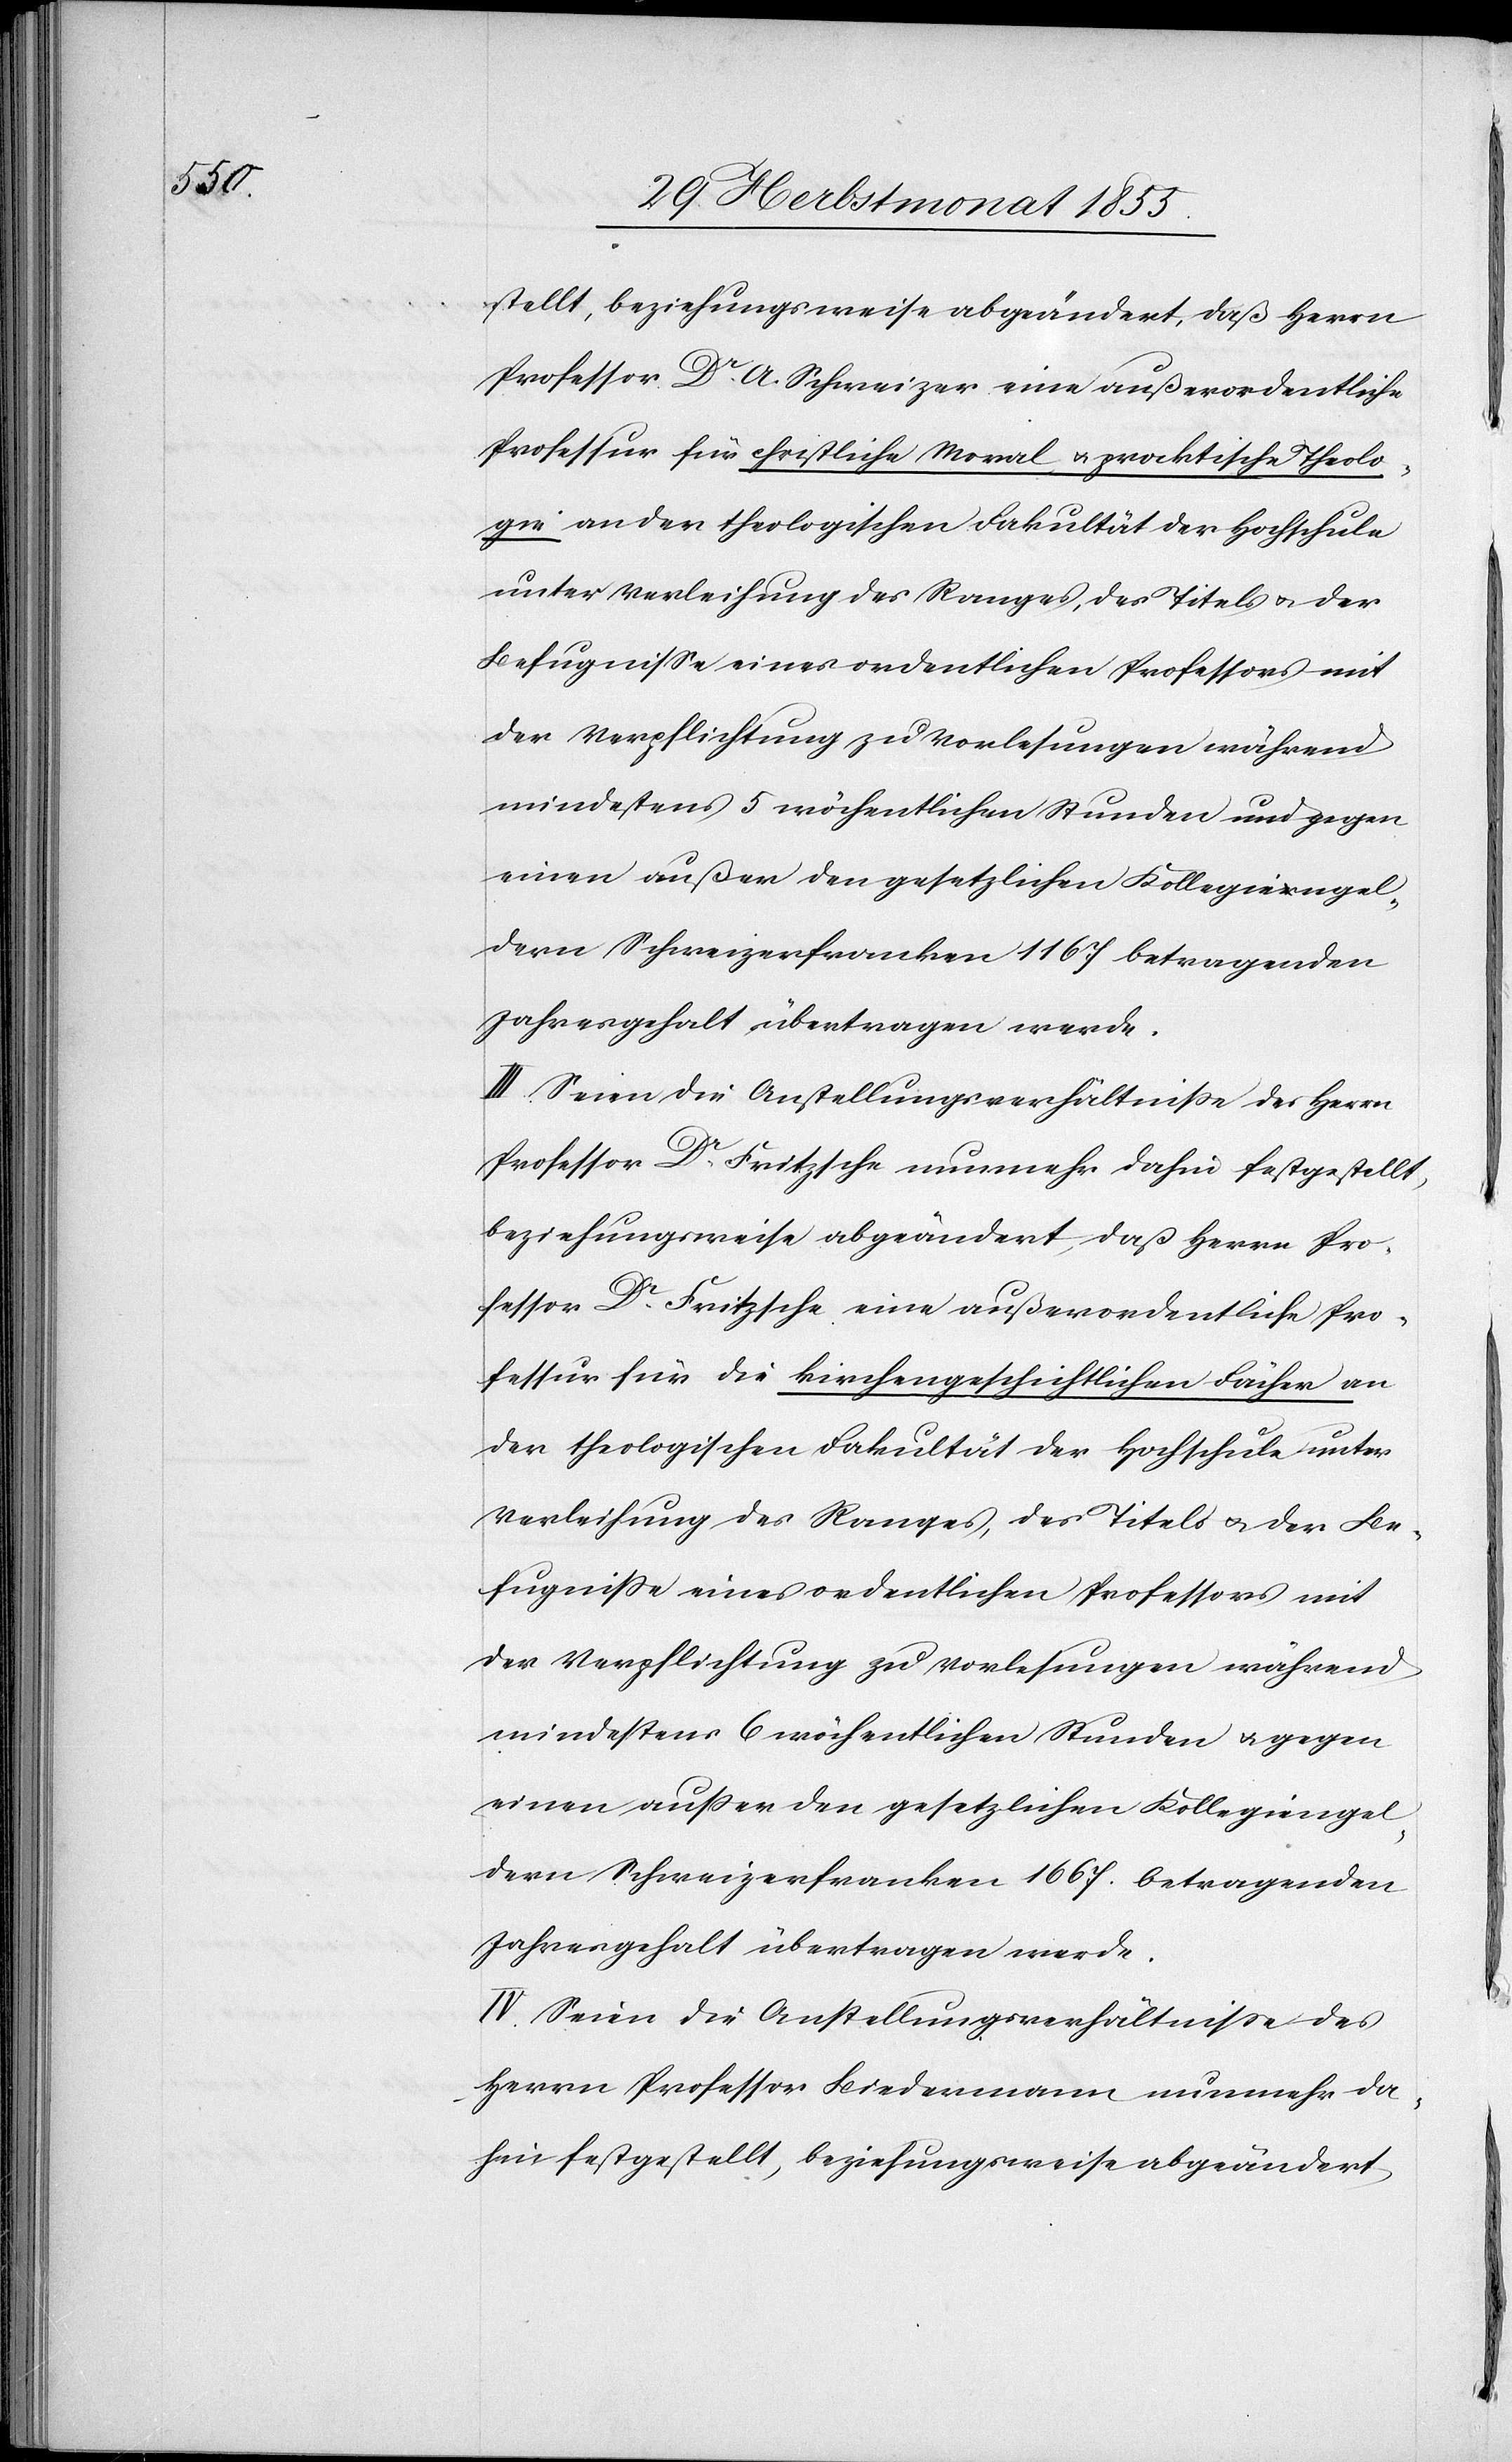
stellt, beziehungsweise abgeändert, daß Herrn
Professor Dr. A. Schweizer eine außerordentliche
Professur für christliche Moral & praktische Theolo¬
gie an der theologischen Fakultät der Hochschule
unter Verleihung des Ranges, des Titels & der
Befugnisse eines ordentlichen Professors mit
der Verpflichtung zu Vorlesungen während
mindestens 5 wöchentlichen Stunden und gegen
einen außer den gesetzlichen Kollegiengel¬
dern Schweizerfranken 1167 betragenden
Jahresgehalt übertragen werde.
III. Seien die Anstellungsverhältniße des Herrn
Professor Dr. Fritzsche nunmehr dahin festgestellt,
beziehungsweise abgeändert, daß Herrn Pro¬
fessor Dr. Fritzsche eine außerordentliche Pro¬
fessur für die kirchengeschichtlichen Fächer an
der theologischen Fakultät der Hochschule unter
Verleihung des Ranges, des Titels & der Be¬
fugniße eines ordentlichen Professors mit
der Verpflichtung zu Vorlesungen während
mindestens 6 wöchentlichen Stunden & gegen
einen außer den gesetzlichen Kollegiengel¬
dern Schweizerfranken 1667. betragenden
Jahresgehalt übertragen werde.
IV. Seien die Anstellungsverhältnisse des
Herrn Professor Biedermann nunmehr da¬
hin festgestellt, beziehungsweise abgeändert,